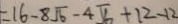
= 1 6 - 8 \sqrt { 6 } - 4 \sqrt { 6 } + 1 2 - 1 2